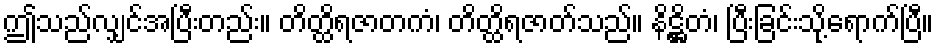
ဤသည်လျှင်အပြီးတည်း။ တိတ္ထိရဇာတကံ၊ တိတ္ထိရဇာတ်သည်။ နိဋ္ဌိတံ၊ ပြီးခြင်းသို့ရောက်ပြီ။